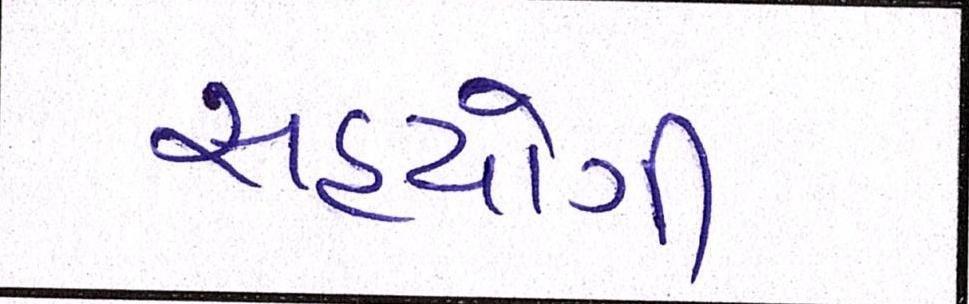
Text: સહયોગી